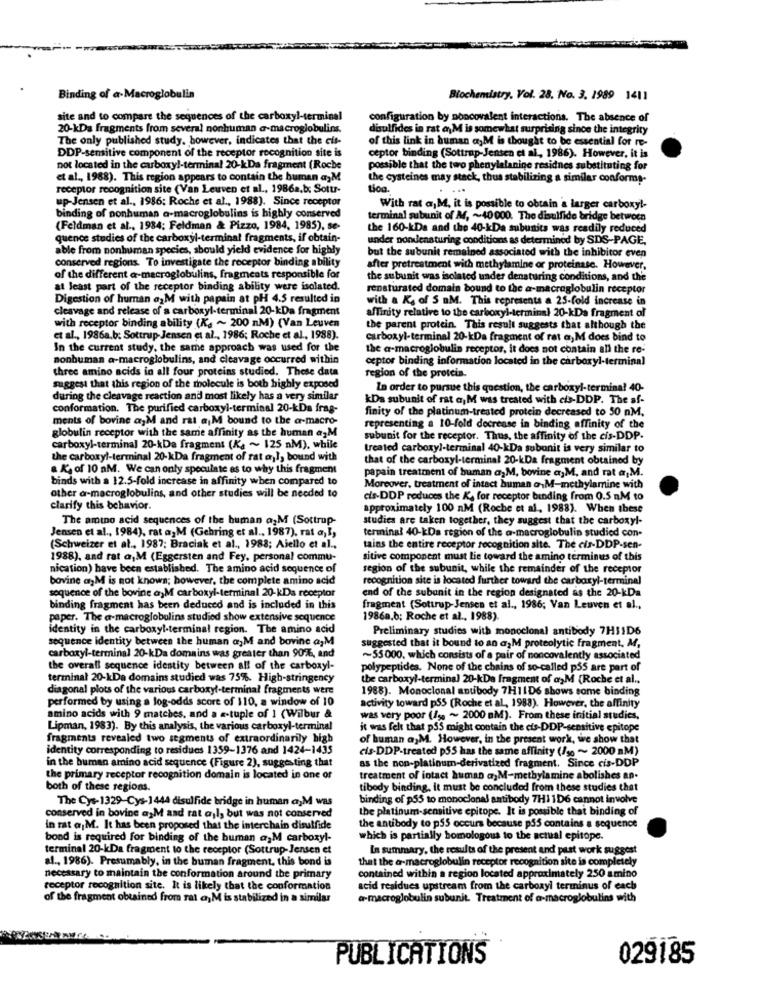
Binding of a Macroglobulin
Biochemistry, Vol. 28. No. 3. 1989 1411
site and to compare the sequences of the carboxyl-terminal
configuration by noncovalent interactions. The absence of
20-kDa fragments from several nonhuman a-macroglobulins.
disulfides in rat an M is somewhat surprising since the integrity
The only published study, however, indicates that the cis-
of this link in human a,M is thought to be essential for re-
DDP-sensitive component of the receptor recognition site is
ceptor binding (Sottrup-Jensen et al, 1986). However, it is
not located in the carboxy !- terminal 20-kDa fragment (Roche
possible that the two phenylalanine residnes substituting for
et al ., 1988). This region appears to contain the human ayM
the cysteines may stack, thus stabilizing a similar conforms-
receptor recognition site (Van Leuven et al ., 1986a.b; Sotur-
up-Jensen et al ., 1986; Roche et al ., 1988). Since receptor
With rat a,M, it is possible to obtain a larger carboxy !-
binding of nonhuman a-macroglobulins is highly conserved
terminal subunit of A, ~~ 40 000. The disulfide bridge betwoco
(Feldman et al ., 1934; Feldman & Pizzo, 1984, 1985), se-
the 160-kDa and the 40-kDa subunits was readily reduced
quence studies of the carboxyl-terminal fragments, if obtain-
under nondensturing conditions as determined by SDS-PAGE,
able from nonhuman species, should yield evidence for highly
but the subunit remained associated with the inhibitor even
conserved regions. To investigate the receptor binding ability
after pretreatment with methylamine or proteinase. However,
of the different a-macroglobulins, fragments responsible for
the subunit was isolated under denaturing conditions, and the
at least part of the receptor binding ability were isolated.
renaturated domain bound to the a-macreglobulin receptor
Digestion of human agM with papain at pH 4.5 resulted in
with a Ks of S aM. This represents a 25-fold increase in
cleavage and release of a carboxyl-terminal 20-kDa fragment
affinity relative to the carboxyl-terminal 20-kDa fragment of
with receptor binding ability (K. ~ 200 nM) (Van Leuven
the parent protein. This result suggests that although the
et al ., 1986a.b: Sottrup-Jensen et al ., 1986; Roche et al ., 1988).
carboxyl-terminal 20-kDa fragment of rat a, M does bind to
In the current study, the same approach was used for the
the a-macroglobulin receptor, it does not contain all the re-
nonbuman a-macroglobulins, and cleavage occurred within
ceptor binding information located in the carboxyl-terminal
three amino acids in all four proteins studied. These data
region of the protein.
suggest that this region of the molecule is both highly exposed
In order to pursue this question, the carboxyl-terminal 40-
during the cleavage reaction and most likely has a very similar
kDs subunit of rat ajM was treated with cts-DDP. The af-
conformation. The purified carboxyl-terminal 20-kDa frag-
finity of the platinum-treated protein decreased to 50 nM.
ments of bovine ajM and rat a M bound to the a-macro-
globulin receptor with the same affinity as the human azM
representing a 10-fold decrease in binding affinity of the
subunit for the receptor. Thus, the affinity of the cis-DDP.
carboxyl-terminal 20-kDa fragment (Kg ~ 125 M), while
treated carboxyl-terminal 40-kDa subonit is very similar to
the carboxyl-terminal 20-kDa fragment of rat a ,!, bound with
that of the carboxyl-terminal 20-kDa fragment obtained by
& K'. of 10 nM. We can only speculate as to why this fragment
papain treatment of human a, M, bovine a,M, and rat ar,M.
binds with a 12.5-fold increase in affinity when compared to
other a-macroglobulins, and other studies will be needed to
Moreover, treatment of intact human onM-methylamine with
cis-DDP reduces the K. for receptor binding from 0.5 nM to
clarify this behavior.
approximately 100 nM (Roche et al ., 1988). When these
The amino acid sequences of the human a;M (Sottrup-
studies are taken together, they suggest that the carboxyl-
Jensen et al ., 1984), rat a,M (Gehring et al ., 1987), rat a, I,
terminal 40-kDa region of the a-macroglobulin studied con-
(Schweizer et al ., 1987; Braciak et al ., 1988; Aiello et al .,
tains the entire receptor recognition site. The cus-DDP-sen-
1988), and rat a,M (Eggersten and Fey, personal commu-
sitive component must lie toward the amino terminus of this
nication) have been established. The amino acid sequence of
region of the subunit, while the remainder of the receptor
bovine aM is not known; however, the complete amino acid
recognition site is located further toward the carboxyl-terminal
end of the subunit in the region designated as the 20-kDa
sequence of the bovine a,M carboxyl-terminal 20-kDa receptor
binding fragment has been deduced and is included in this
fragment (Sottrup-Jensen et al ., 1986; Van Leuven et al .,
paper. The a-macroglobulins studied show extensive sequence
1986a,b; Roche et al ., 1988).
identity in the carboxyl-terminal region. The amino acid
Preliminary studies with monoclonal antibody 7HI1D6
sequence identity between the human a)M and bovine ajM
suggested that it bound to an a,M proteolytic fragment. M.
carboxyl-terminal 20-kDa domains was greater than 90%, and
~55000, which consists of a pair of noncovalently associated
the overall sequence identity between all of the carboxyl-
polypeptides. None of the chains of so-called p35 are part of
terminal 20-kDa domains studied was 75%. High-stringency
the carboxyl-terminal 20-kDa fragment of a>M (Roche et al ..
diagonal plots of the various carboxyl-terminal fragments were
1988). Monoclonal antibody 7H11D6 shows some binding
performed by using a log-odds score of 110, a window of 10
activity toward p55 (Roche et al, 1988). However, the affinity
amino acids with 9 matches, and a -tuple of 1 (Wilbur &
was very poor (/se ~ 2000 aM). From these initial studies,
Lipman, 1983). By this analysis, the various carboxyl-terminal
it was felt that p55 might contain the cis-DDP-sensitive epitope
fragments revealed two segments of extraordinarily high
of human a,M. However, in the present work, we show that
identity corresponding to residuos 1359-1376 and 1424-1435
cis-DDP-treated p55 has the same affinity (/so ~~ 2000 aM)
in the human amino acid sequence (Figure 2), suggesting that
as the non-platinum-derivatized fragment. Since cis-DDP
the primary receptor recognition domain is located in one of
treatment of intact human ajM-methylamine abolishes an.
both of these regions.
tibody binding, it must be concludod from these studies that
The Cys-1329-Cys-1444 disulfide bridge in human a,M was
binding of p55 to monoclonal antibody 7H1 1D6 cannot involve
the platinum-sensitive epitope. It is possible that binding of
conserved in bovine a>M and rat al, but was not conserved
in rat a,M. It has been proposed that the interchain disulfide
the antibody to p55 occurs because p55 contains a sequence
bond is required for binding of the human a,M carboxyl-
which is partially homologous to the actual epitope.
terminal 20-kDa fragment to the receptor (Sottrup-Jensen et
In summary, the results of the present and past work suggest
al ., 1986). Presumably, in the buman fragment, this bond is
that the a-macroglobulin receptor recognition site is completely
necessary to maintain the conformation around the primary
contained within a region located approximately 250 amino
receptor recognition site. It is likely that the conformation
acid residues upstream from the carboxyl terminus of each
of the fragment obtained from rat a) M is stabilized in a similar
a-macroglobulin subunit. Treatment of a-macroglobulins with
PUBLICATIONS
029185